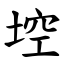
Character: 埪